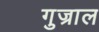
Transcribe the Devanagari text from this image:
गुज्राल